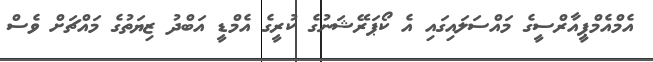
އެމްއެމްޕީއާރްސީގެ މައްސަލައިގައި އެ ކޯޕަރޭޝަނުގެ ކުރީގެ އެމްޑީ އަބްދު ޒިޔަތުގެ މައްޗަށް ވެސް